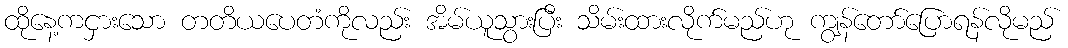
ထိုနေ့ကငှားသော တတိယပေတံကိုလည်း အိမ်ယူသွားပြီး သိမ်းထားလိုက်မည်ဟု ကျွန်တော်ပြောရန်လိုမည်